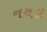
નચલ